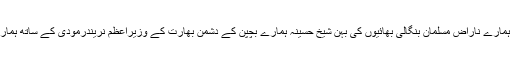
پھر ہم نے دیکھا کہ ہمارے ناراض مسلمان بنگالی بھائیوں کی بہن شیخ حسینہ ہمارے بچپن کے دشمن بھارت کے وزیراعظم نریندرمودی کے ساتھ ہمارے خلاف ہوگئی ہیں۔